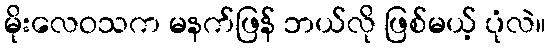
မိုးလေဝသက မနက်ဖြန် ဘယ်လို ဖြစ်မယ့် ပုံလဲ။